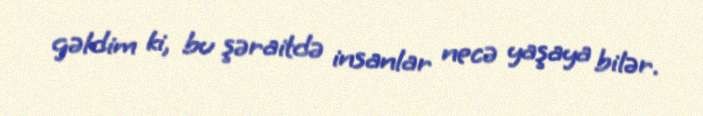
gəldim ki, bu şəraitdə insanlar necə yaşaya bilər.